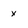
Character: x